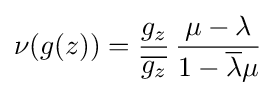
\displaystyle \nu (g(z))={g_{z} \over {\overline {g_{z}}}}\,{\mu -\lambda  \over 1-{\overline {\lambda }}\mu }